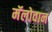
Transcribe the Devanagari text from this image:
मॅलोवान